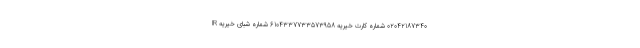
02042187340 شماره کارت خیریه 6104337733573958 شماره شبای خیریه IR